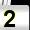
Digit: 2